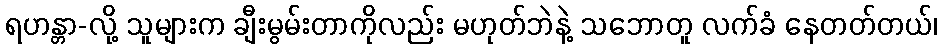
ရဟန္တာ-လို့ သူများက ချီးမွမ်းတာကိုလည်း မဟုတ်ဘဲနဲ့ သဘောတူ လက်ခံ နေတတ်တယ်၊